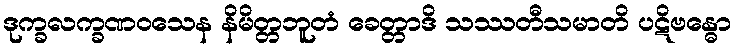
ဒုက္ခလက္ခဏဝသေန နိမိတ္တဘူတံ ခေတ္တာဒိ သဿတီသမာတိ ပဋိဗန္ဓော